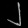
Digit: ၂